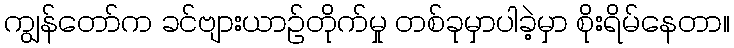
ကျွန်တော်က ခင်ဗျားယာဉ်တိုက်မှု တစ်ခုမှာပါခဲ့မှာ စိုးရိမ်နေတာ။